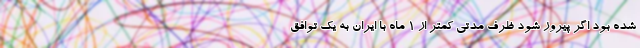
شده بود اگر پیروز شود ظرف مدتی کمتر از 1 ماه با ایران به یک توافق